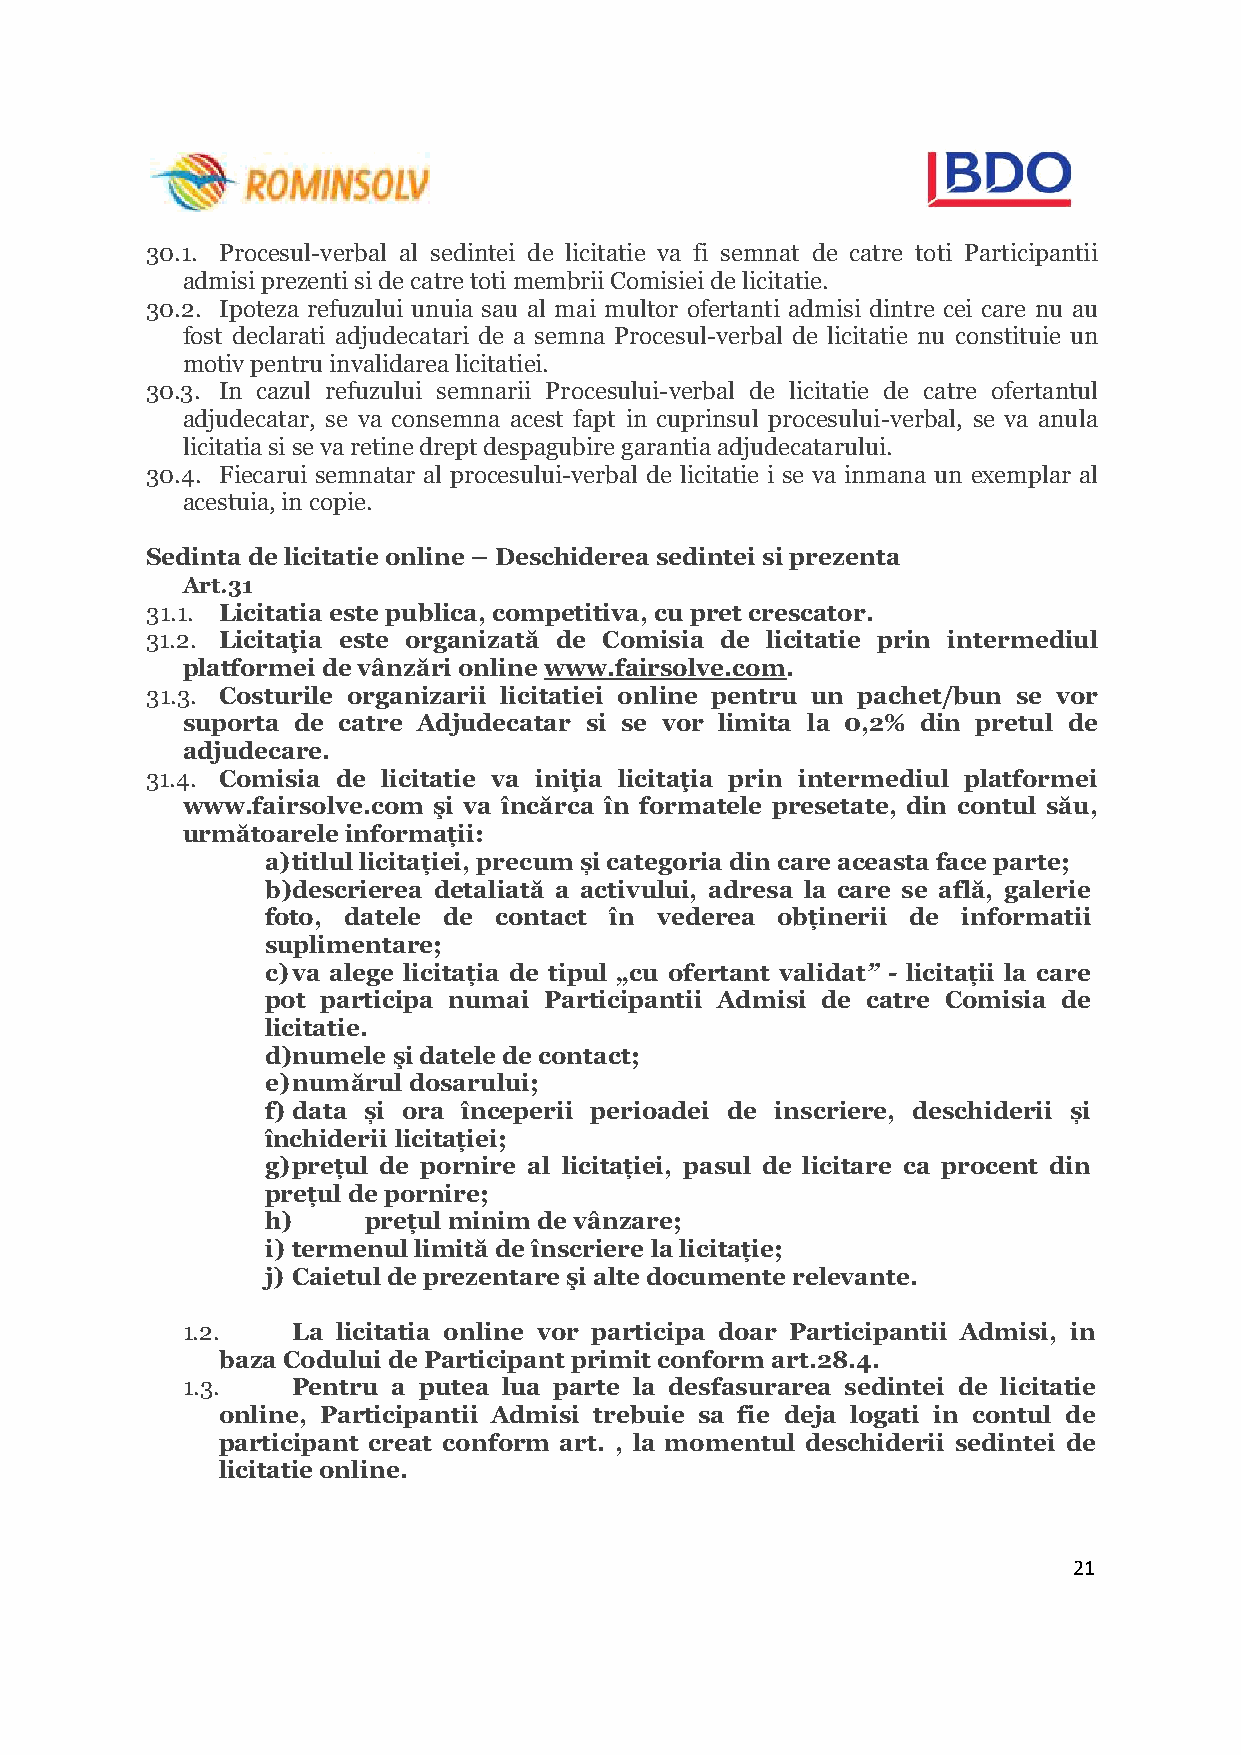
30.1. Procesul-verbal al sedintei de licitatie va fi semnat de catre toti Participantii
 admisi prezenti si de catre toti membrii Comisiei de licitatie.
 30.2. Ipoteza refuzului unuia sau al mai multor ofertanti admisi dintre cei care nu au
 fost declarati adjudecatari de a semna Procesul-verbal de licitatie nu constituie un
 motiv pentru invalidarea licitatiei.
 30.3. In cazul refuzului semnarii Procesului-verbal de licitatie de catre ofertantul
 adjudecatar, se va consemna acest fapt in cuprinsul procesului-verbal, se va anula
 licitatia si se va retine drept despagubire garantia adjudecatarului.
 30.4. Fiecarui semnatar al procesului-verbal de licitatie i se va inmana un exemplar al
 acestuia, in copie.
 Sedinta de licitatie online – Deschiderea sedintei si prezenta
 Art.31
 31.1. Licitatia este publica, competitiva, cu pret crescator.
 31.2. Licitaţia este organizată de Comisia de licitatie prin intermediul
 platformei de vânzări online www.fairsolve.com.
 31.3. Costurile organizarii licitatiei online pentru un pachet/bun se vor
 suporta de catre Adjudecatar si se vor limita la 0,2% din pretul de
 adjudecare.
 31.4. Comisia de licitatie va iniţia licitaţia prin intermediul platformei
 www.fairsolve.com şi va încărca în formatele presetate, din contul său,
 următoarele informații:
 a) titlul licitației, precum și categoria din care aceasta face parte;
 b) descrierea detaliată a activului, adresa la care se află, galerie
 foto, datele de contact în vederea obținerii de informatii
 suplimentare;
 c) va alege licitația de tipul „cu ofertant validat” - licitații la care
 pot participa numai Participantii Admisi de catre Comisia de
 licitatie.
 d) numele şi datele de contact;
 e) numărul dosarului;
 f) data și ora începerii perioadei de inscriere, deschiderii și
 închiderii licitației;
 g) prețul de pornire al licitației, pasul de licitare ca procent din
 prețul de pornire;
 h)    prețul minim de vânzare;
 i) termenul limită de înscriere la licitație;
 j) Caietul de prezentare şi alte documente relevante.
 1.2.   La licitatia online vor participa doar Participantii Admisi, in
 baza Codului de Participant primit conform art.28.4.
 1.3.   Pentru a putea lua parte la desfasurarea sedintei de licitatie
 online, Participantii Admisi trebuie sa fie deja logati in contul de
 participant creat conform art. , la momentul deschiderii sedintei de
 licitatie online.
 21